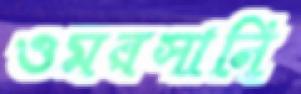
ওমরসানি